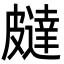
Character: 㿹